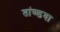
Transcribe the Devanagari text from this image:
तांण्डवा